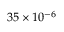
3 5 \times 1 0 ^ { - 6 }